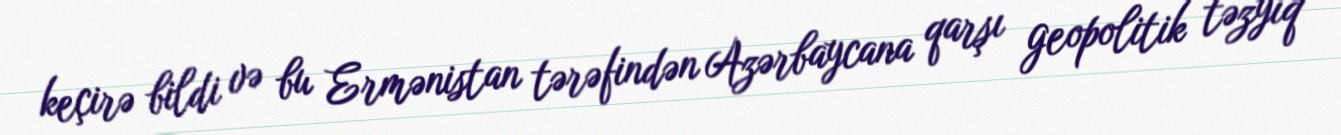
keçirə bildi və bu Ermənistan tərəfindən Azərbaycana qarşı geopolitik təzyiq